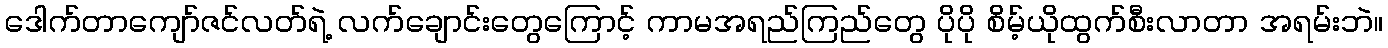
ဒေါက်တာကျော်ဇင်လတ်ရဲ့ လက်ချောင်းတွေကြောင့် ကာမအရည်ကြည်တွေ ပိုပို စိမ့်ယိုထွက်စီးလာတာ အရမ်းဘဲ။